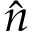
\hat { n }